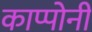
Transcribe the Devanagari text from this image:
काप्पोनी